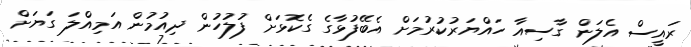
ރައީސް އެލަން ގާސިއާ ހައްޔަރުކުރުމަށް އެބޭފުޅާގެ ގެކޮޅަށް ފުލުހުން ދިއުމުން އަމިއްލަ ގަޔަށް